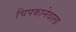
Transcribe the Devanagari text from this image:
चिपकानेवाला